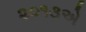
૨૦૧૩એ